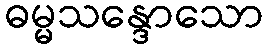
ဓမ္မသန္ဒောသော